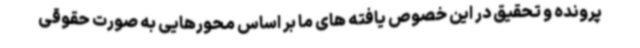
پرونده و تحقیق در این خصوص یافته های ما بر اساس محورهایی به صورت حقوقی